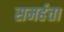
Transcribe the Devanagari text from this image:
समर्हत्ता